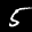
Label: 5